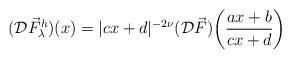
LaTeX: \begin{align*}(\mathcal{D}\vec{F}^h_\lambda)(x)= |cx+d|^{-2\nu}(\mathcal{D}\vec{F})\bigg(\frac{ax+b}{cx+d}\bigg)\end{align*}